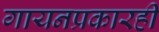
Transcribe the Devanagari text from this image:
गायनप्रकारही